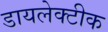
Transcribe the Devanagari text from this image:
डायलेक्टीक